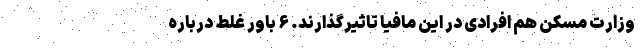
وزارت مسکن هم افرادی در این مافیا تاثیرگذارند. ۶ باور غلط درباره